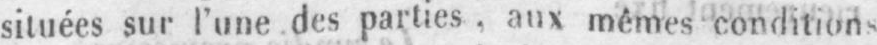
situées sur l’une des parties, aux mêmes conditions